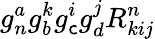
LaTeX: g_{n}^{a}g_{b}^{k}g_{\mathsf{c}}^{i}g_{d}^{j}R_{kij}^{n}